Annual report of the Bengal Veterinary College and of the Civil Veterinary Department, Bengal, for the year 1915-16 - 1915-1916
Year: 1915
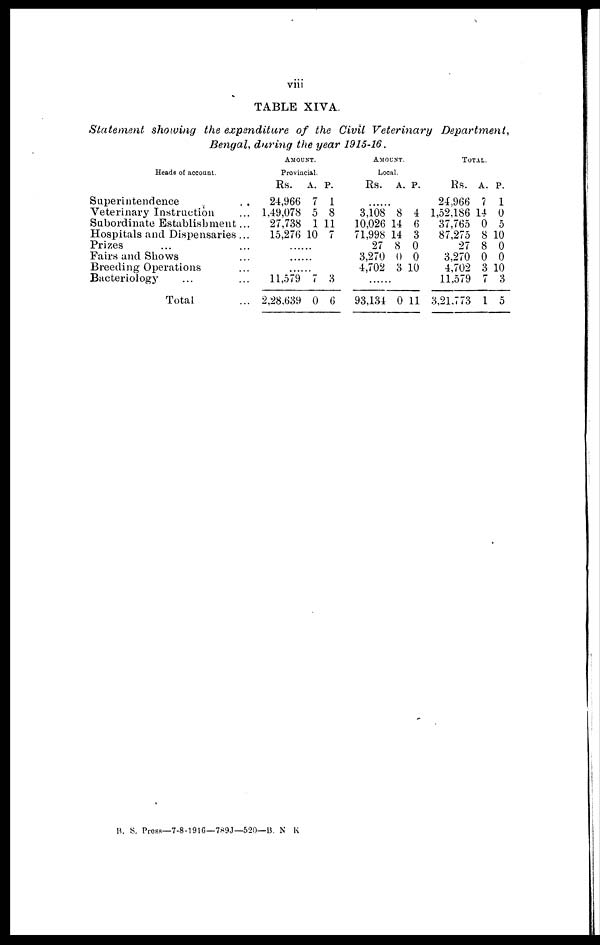
viii
TABLE XIVA.
Statement showing the expenditure of the Civil Veterinary
Department,
Bengal, during the year 1915-16.
Heads of account.
Superintendence
...
Veterinary Instruction ...
Subordinate Establishment ...
Hospitals and Dispensaries ...
Prizes ... ...
Fairs and Shows ...
Breeding Operations ...
Bacteriology ... ...
Total ...
AMOUNT.
Provincial.
Rs.
24,966
1,49,078
27,738
15,276
......
......
......
11,579
2,28,639
A.
7
5
1
10
7
0
P.
1
8
11
7
3
6
AMOUNT.
Local.
Rs.
......
3,108
10,026
71,998
27
3,270
4,702
......
93,134
A.
8
14
14
8
0
3
0
P.
4
6
3
0
0
10
11
TOTAL.
Rs.
24,966
1,52,186
37,765
87,275
27
3,270
4,702
11,579
3,21,773
A.
7
14
0
8
8
0
3
7
1
P.
1
0
5
10
0
0
10
3
5
B. S. Press—7-8-1916—789J—520—B. N K